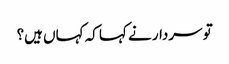
تو سردار نے کہا کہ کہاں ہیں؟